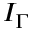
I _ { \Gamma }